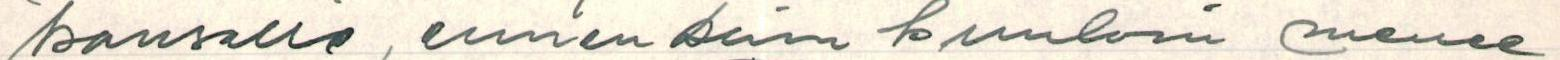
kansalle, ennen kuin kuuloni menee